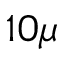
1 0 \mu